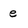
Character: e